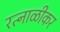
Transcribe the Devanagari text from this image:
रत्नाळीकर